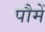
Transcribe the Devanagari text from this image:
पौमें